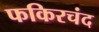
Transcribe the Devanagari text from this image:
फकिरचंद